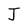
Character: J